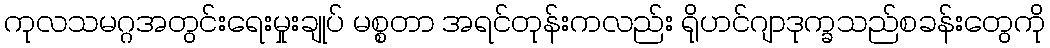
ကုလသမဂ္ဂအတွင်းရေးမှုးချုပ် မစ္စတာ အရင်တုန်းကလည်း ရိုဟင်ဂျာဒုက္ခသည်စခန်းတွေကို